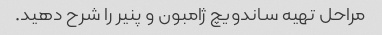
مراحل تهیه ساندویچ ژامبون و پنیر را شرح دهید.